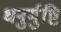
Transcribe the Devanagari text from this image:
धनुर्मुष्टि